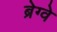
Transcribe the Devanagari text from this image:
ब्रेग्वे